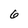
Character: 6